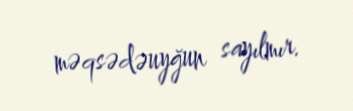
məqsədəuyğun sayılmır.